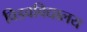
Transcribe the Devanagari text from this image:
विडवविद्यालय